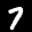
Label: 7